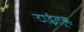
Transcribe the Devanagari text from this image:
टाईल्क